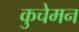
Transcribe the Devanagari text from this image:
कुचेमन